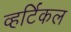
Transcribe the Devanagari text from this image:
व्हर्टिकल